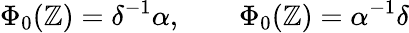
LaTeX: \Phi_{0}(\mathbb{Z})=\delta^{-1}\alpha,\qquad\Phi_{0}(\mathbb{Z})=\alpha^{-1}\delta